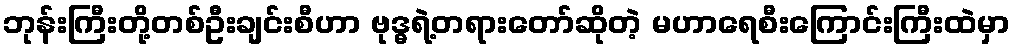
ဘုန်းကြီးတို့တစ်ဦးချင်းစီဟာ ဗုဒ္ဓရဲ့တရားတော်ဆိုတဲ့ မဟာရေစီးကြောင်းကြီးထဲမှာ